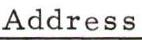
Address